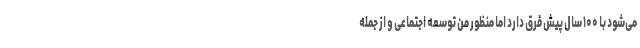
می‌شود با ۱۰۰ سال پیش فرق دارد اما منظور من توسعه اجتماعی و از جمله